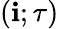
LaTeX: \left(\mathbf{i};\tau\right)